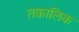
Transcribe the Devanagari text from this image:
तकालिक